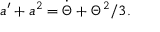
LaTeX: a ^ { \prime } + a ^ { 2 } = \dot { \Theta } + \Theta ^ { 2 } / 3 .